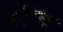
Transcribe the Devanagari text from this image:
थरिक